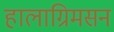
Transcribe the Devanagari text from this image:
हालाग्रिमसन